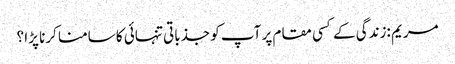
مریم :زندگی کے کسی مقام پر آپ کو جذباتی تنہائی کا سامنا کرنا پڑا ؟